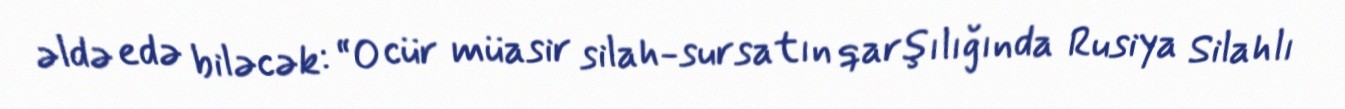
əldə edə biləcək: “O cür müasir silah-sursatın qarşılığında Rusiya Silahlı